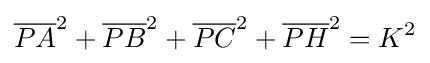
{\overline {PA}}^{2}+{\overline {PB}}^{2}+{\overline {PC}}^{2}+{\overline {PH}}^{2}=K^{2}